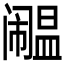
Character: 𫔹